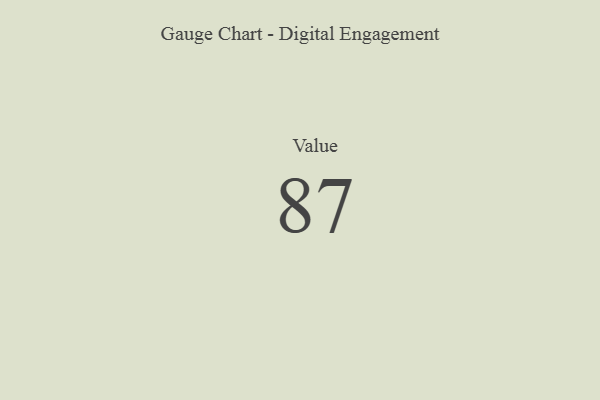
{"axis": {"x": "Metric", "y": "Value"}, "legend": [""], "data": [{"x": "Value", "y": 87, "type": ""}]}